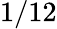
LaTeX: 1/12